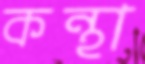
কন্থা